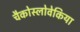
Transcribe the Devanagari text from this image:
चैकोस्लोवेकिया